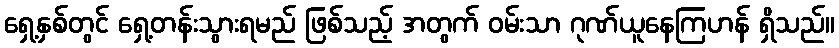
ရှေ့နှစ်တွင် ရှေ့တန်းသွားရမည် ဖြစ်သည့် အတွက် ဝမ်းသာ ဂုဏ်ယူနေကြဟန် ရှိသည်။